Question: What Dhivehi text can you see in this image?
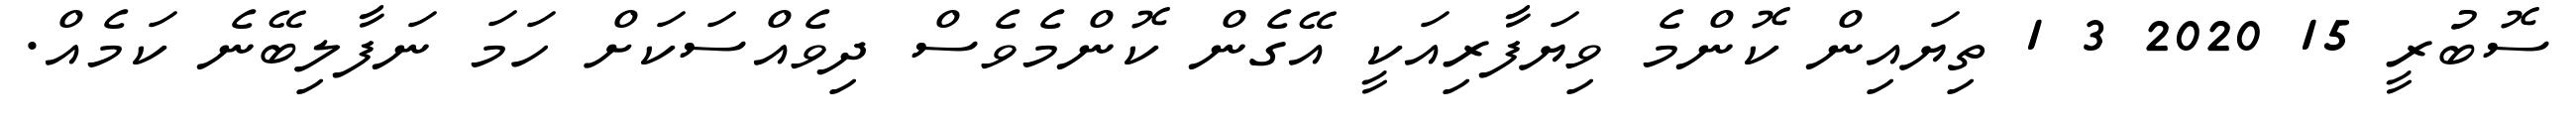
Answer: ސޮބުރީ 15 2020 3 1 ތިޔައިން ކޮންމެ ވިޔަފާރިއަކީ އޭގެން ކޮންމެވެސް ދިވެއްސަކަށް ހަމަ ނަފާލިބޭނެ ކަމެއް.